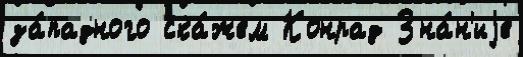
за́падного ска́жем Конрад Зна́н'иjе